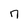
Character: 7